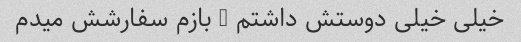
خیلی خیلی دوستش داشتم … بازم سفارشش میدم